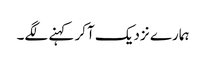
ہمارے نزدیک آکر کہنے لگے۔